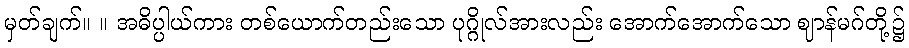
မှတ်ချက်။ ။ အဓိပ္ပါယ်ကား တစ်ယောက်တည်းသော ပုဂ္ဂိုလ်အားလည်း အောက်အောက်သော ဈာန်မဂ်တို့၌